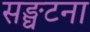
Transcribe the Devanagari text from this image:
सङ्घटना